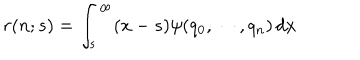
r ( n ; s ) = \int _ { s } ^ { \infty } ( x - s ) \psi ( q _ { 0 } , \cdots , q _ { n } ) \, d x